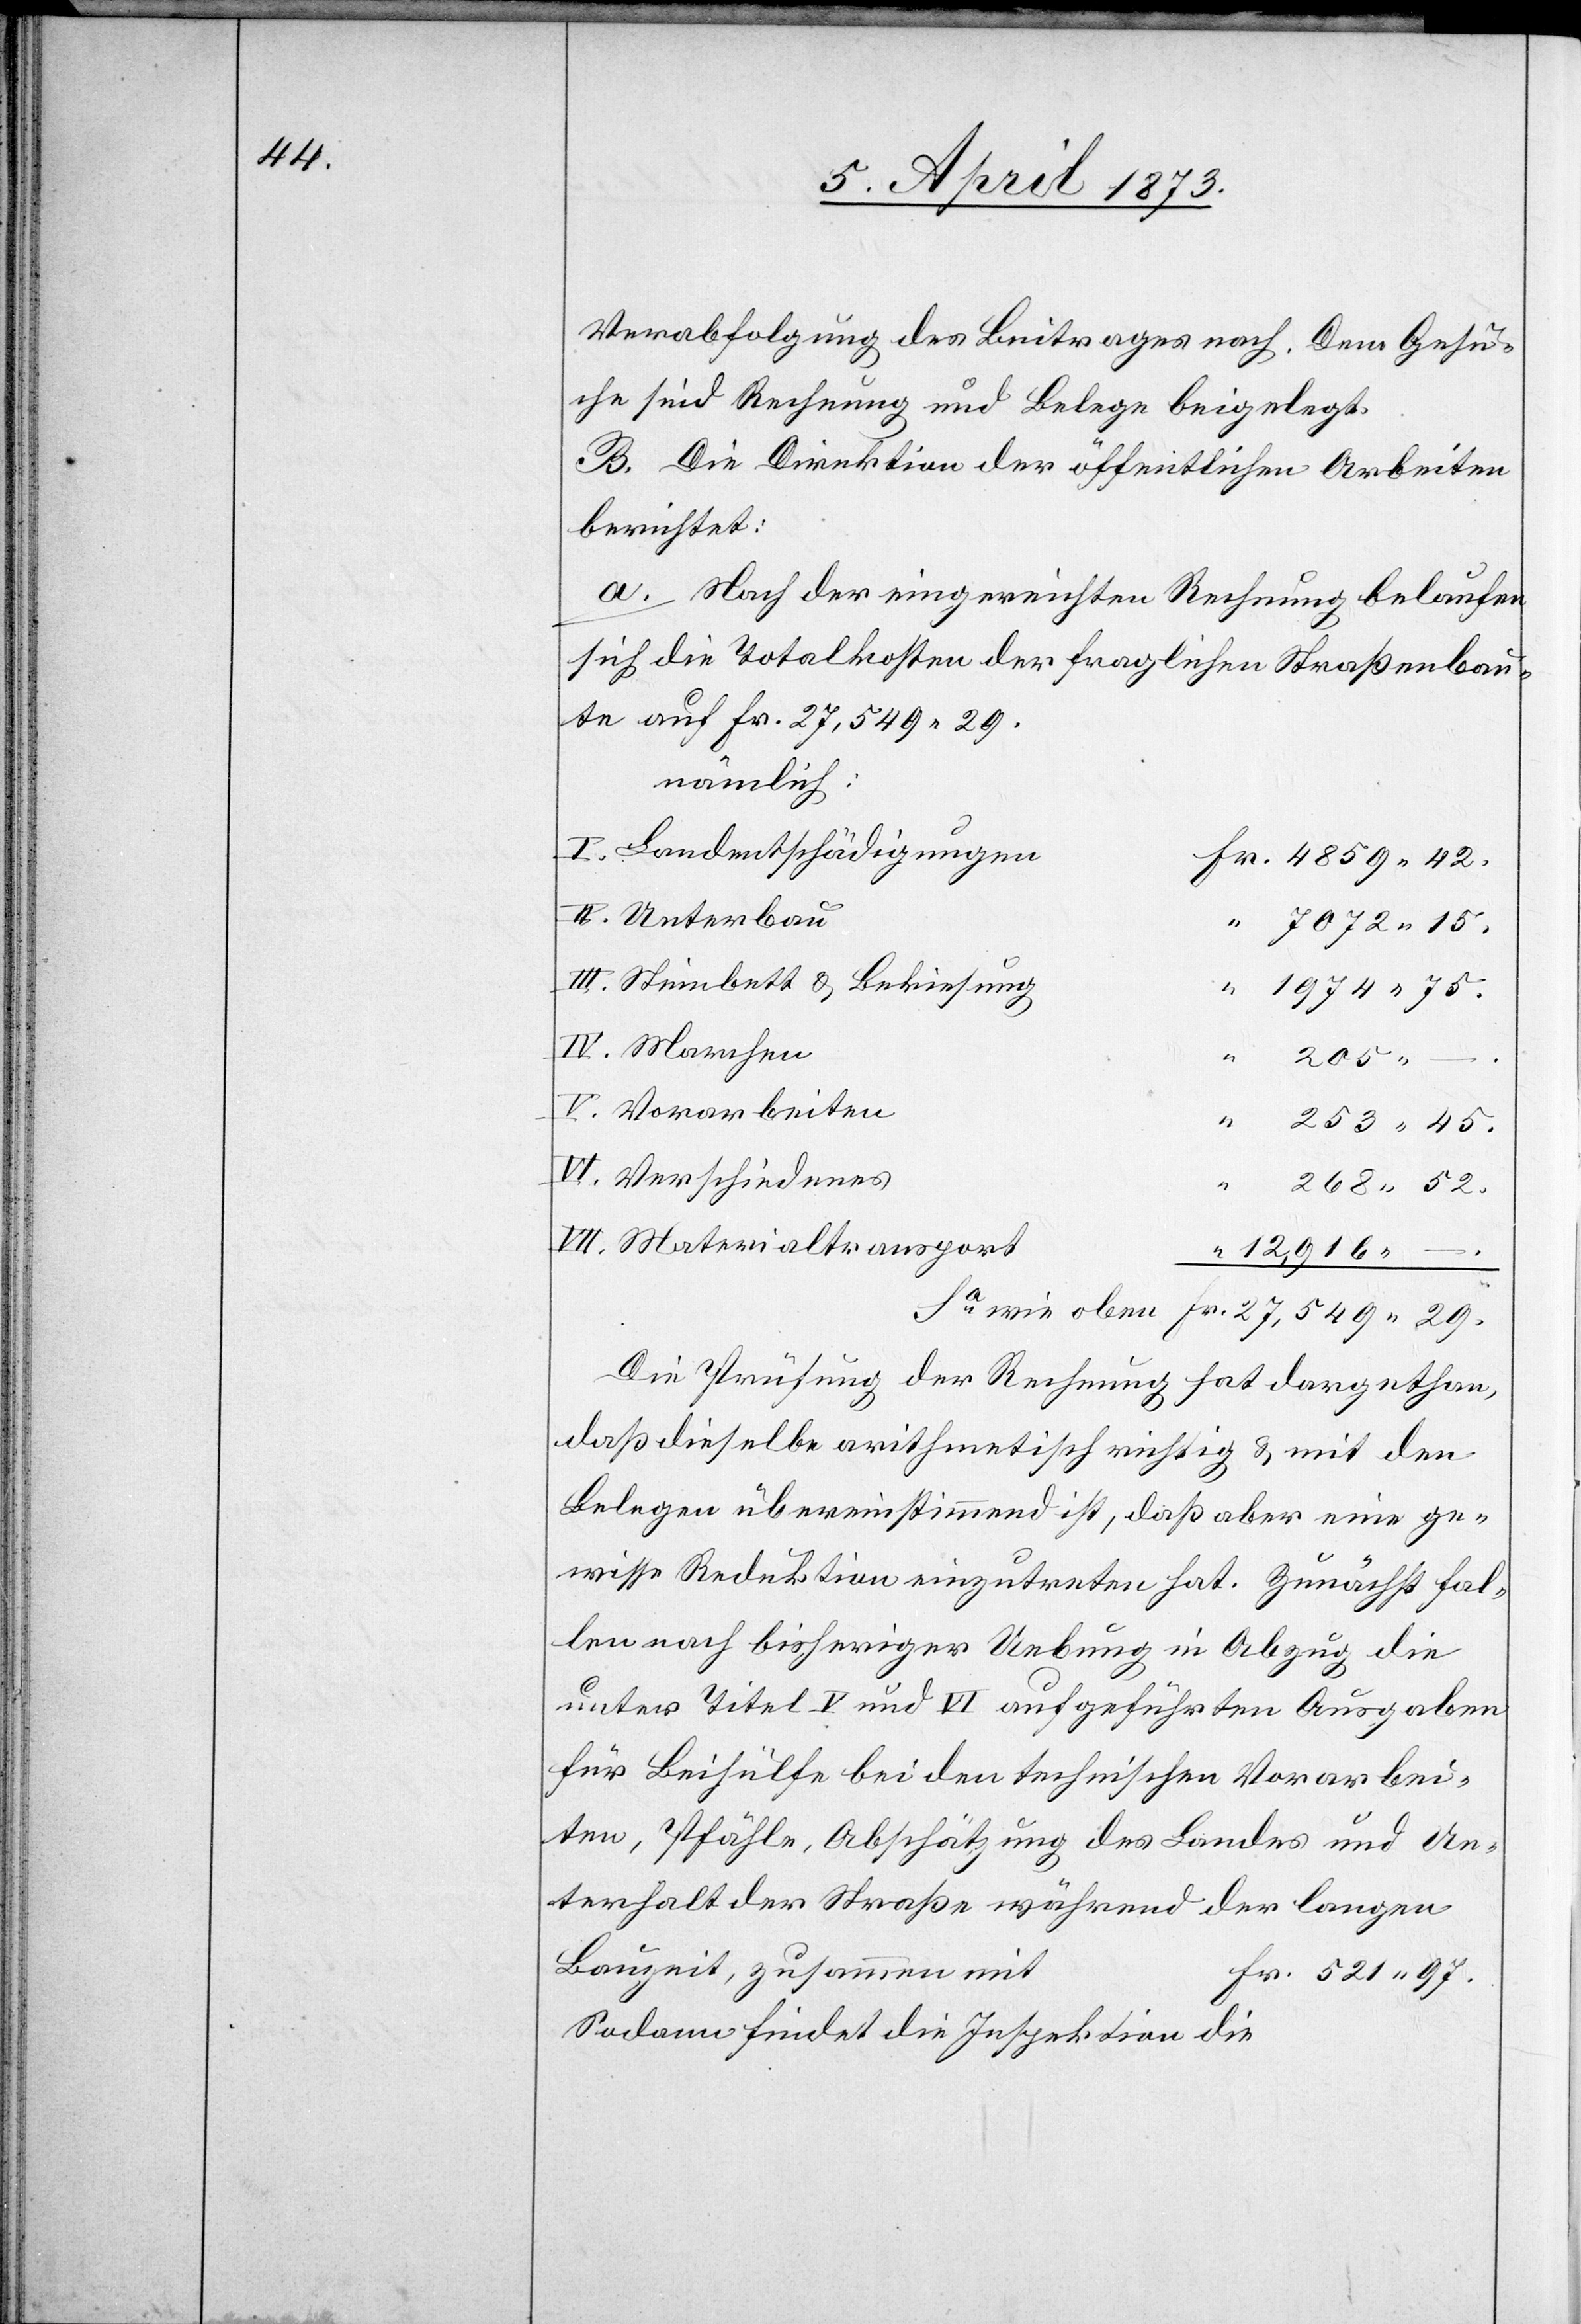
Verabfolgung des Beitrages nach. Dem Gesu¬
che sind Rechnung und Belege beigelegt.
B. Die Direktion der öffentlichen Arbeiten
berichtet:
a. Nach der eingereichten Rechnung belaufen
sich die Totalkosten der fraglichen Straßenbau¬
te auf Fr. 27,549. 29.
nämlich:
I. Landentschädigungen
II. Unterbau
III. Steinbett u. Bekiesung
IV. Marchen
29.
205.
V. Vorarbeiten
VI. Verschiedenes
“
268. 52
VII. Materialtransport
12,916.
Die Prüfung der Rechnung hat dargethan,
daß dieselbe arithmetisch richtig u. mit den
Belegen übereinstimmend ist, daß aber eine ge¬
wisse Reduktion einzutreten hat. Zunächst fal¬
len nach bisheriger Uebung in Abzug die
unter Titel V und VI aufgeführten Ausgaben
für Beihülfe bei den technischen Vorarbei¬
ten, Pfähle, Abschätzung des Landes und Un¬
terhalt der Straße während der langen
Bauzeit, zusammen mit
Fr. 521. 97.
Sodann findet die Inspektion die